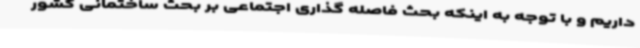
داریم و با توجه به اینکه بحث فاصله گذاری اجتماعی بر بحث ساختمانی کشور